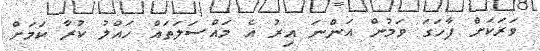
ވަރަކަށް ފާހަގަ ވަމުން އަންނަ އިރު އެ މައްސަލަތައް ހައްލު ކުރާ ކަމަށް